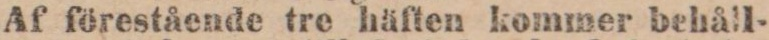
Af förestående tre häften kommer behåll-